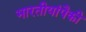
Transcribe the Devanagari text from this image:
भारतीयांपैकी